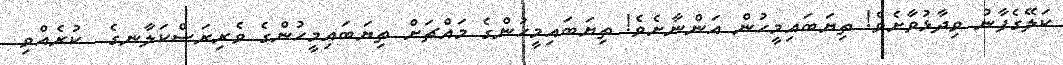
ކަލޭގެފާނު ވިދާޅުވާށެވެ! ތިޔަބައިމީހުން އަންނާށެވެ! ތިޔަބައިމީހުންގެ މައްޗަށް ތިޔަބައިމީހުންގެ ވެރިރަސްކަލާނގެ  ކުރެއްވި